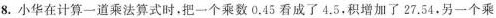
8. 小华在计算一道乘法算式时，把一个乘数0.45看成了4.5.积增加了27.54.另一个乘